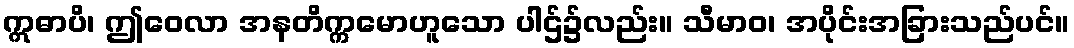
ဣဓာပိ၊ ဤဝေလာ အနတိက္ကမောဟူသော ပါဌ်၌လည်း။ သီမာဝ၊ အပိုင်းအခြားသည်ပင်။